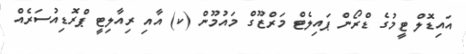
އައިޑޮލް ޓީމުގެ ޑްރޯން ޕައިލެޓް މަރްޒޫގް މައުމޫން (ކ) އާއި ރިއާލިޓީ ޕްރޮޑިއުސަރެއް